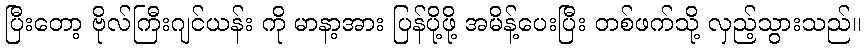
ပြီးတော့ ဗိုလ်ကြီးဂျင်ယန်း ကို မာနာ့အား ပြန်ပို့ဖို့ အမိန့်ပေးပြီး တစ်ဖက်သို့ လှည့်သွားသည်။